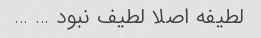
لطیفه اصلا لطیف نبود … …